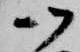
御